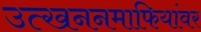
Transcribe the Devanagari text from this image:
उत्खननमाफियांवर